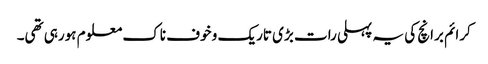
کرائم برانچ کی یہ پہلی رات بڑی تاریک و خوف ناک معلوم ہورہی تھی۔